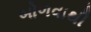
બોળવાથી